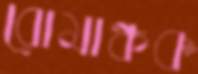
রোমাঞ্চক